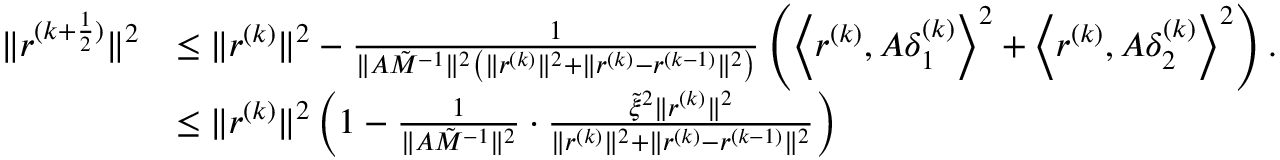
\begin{array} { r l } { \| r ^ { ( k + \frac { 1 } { 2 } ) } \| ^ { 2 } } & { \le \| r ^ { ( k ) } \| ^ { 2 } - \frac { 1 } { \| A \tilde { M } ^ { - 1 } \| ^ { 2 } \left( \| r ^ { ( k ) } \| ^ { 2 } + \| r ^ { ( k ) } - r ^ { ( k - 1 ) } \| ^ { 2 } \right) } \left( { \left\langle { { r ^ { ( k ) } } , A \delta _ { 1 } ^ { ( k ) } } \right\rangle ^ { 2 } + \left\langle { { r ^ { ( k ) } } , A \delta _ { 2 } ^ { ( k ) } } \right\rangle ^ { 2 } } \right) . } \\ & { \le \| r ^ { ( k ) } \| ^ { 2 } \left( 1 - \frac { 1 } { \| A \tilde { M } ^ { - 1 } \| ^ { 2 } } \cdot \frac { \tilde { \xi } ^ { 2 } \| r ^ { ( k ) } \| ^ { 2 } } { \| r ^ { ( k ) } \| ^ { 2 } + \| r ^ { ( k ) } - r ^ { ( k - 1 ) } \| ^ { 2 } } \right) } \end{array}